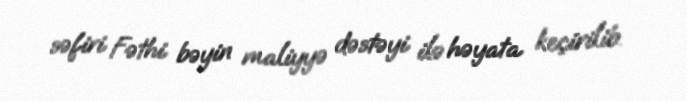
səfiri Fəthi bəyin maliyyə dəstəyi ilə həyata keçirilib.